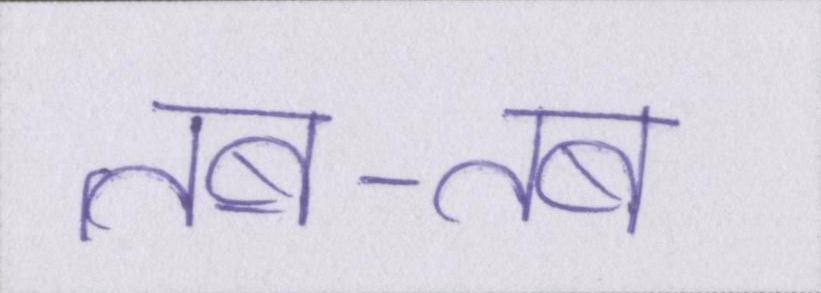
तब-तब